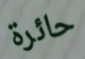
حائرة